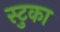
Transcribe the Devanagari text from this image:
स्टुका